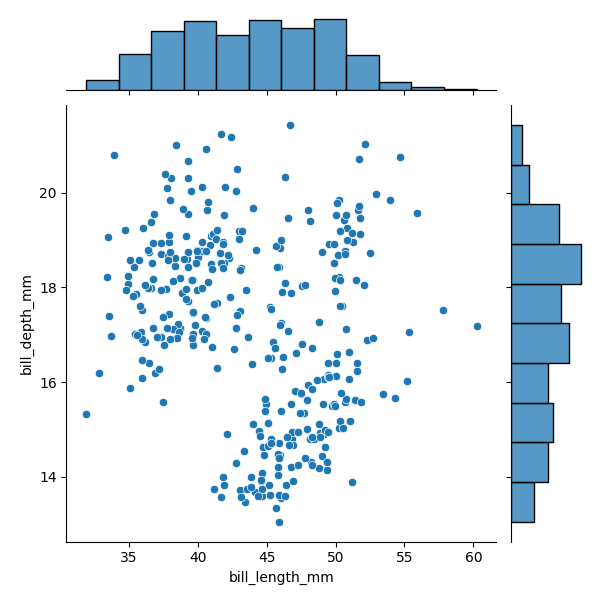
python, seaborn, JointGrid, scatterplot, histplot